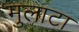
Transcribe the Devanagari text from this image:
मुलाटा